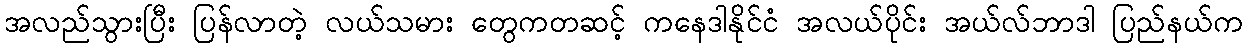
အလည်သွားပြီး ပြန်လာတဲ့ လယ်သမား တွေကတဆင့် ကနေဒါနိုင်ငံ အလယ်ပိုင်း အယ်လ်ဘာဒါ ပြည်နယ်က